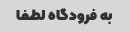
به فرودگاه لطفا